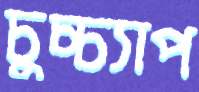
চুচ্চ্যাপ